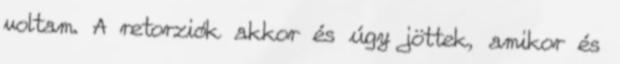
voltam. A retorziók akkor és úgy jöttek, amikor és